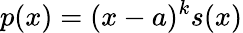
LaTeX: p(x)=(x-a)^{k}s(x)